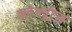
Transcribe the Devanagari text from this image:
क्लेअर्चुट्स